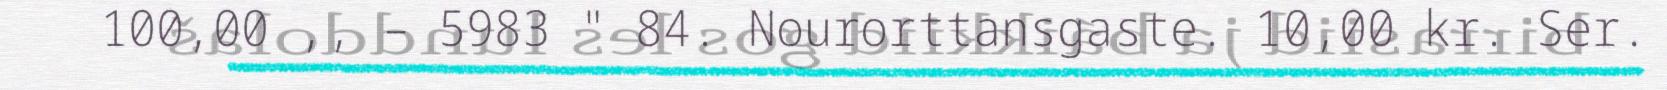
100,00 ,, – 5983 " 84. Nourorttansgaste. 10,00 kr. Ser.